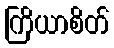
ကြိယာစိတ်